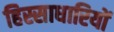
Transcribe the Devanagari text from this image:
हिस्साधारियों